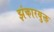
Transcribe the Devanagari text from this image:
झंकारयुक्त